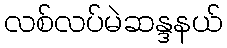
လစ်လပ်မဲဆန္ဒနယ်